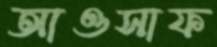
আওসাফ